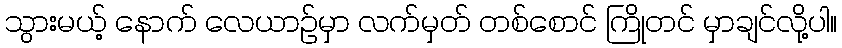
သွားမယ့် နောက် လေယာဉ်မှာ လက်မှတ် တစ်စောင် ကြိုတင် မှာချင်လို့ပါ။